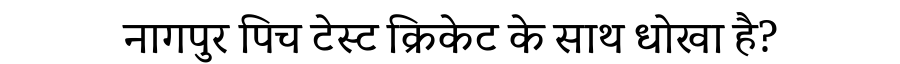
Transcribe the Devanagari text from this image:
नागपुर पिच टेस्ट क्रिकेट के साथ धोखा है?